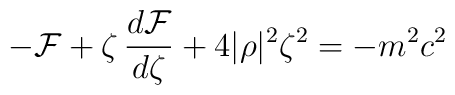
-{\cal F}+\zeta \,\frac{d{\cal F}}{d\zeta }+4|\rho |^2\zeta ^2=-m^2c^2